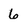
Character: 6